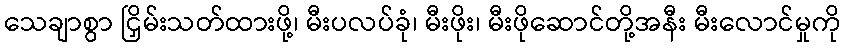
သေချာစွာ ငြှိမ်းသတ်ထားဖို့၊ မီးပလပ်ခုံ၊ မီးဖိုး၊ မီးဖိုဆောင်တို့အနီး မီးလောင်မှုကို